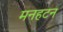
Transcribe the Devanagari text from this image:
मनहटन